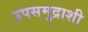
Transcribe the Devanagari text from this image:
उपसमुद्राशी